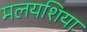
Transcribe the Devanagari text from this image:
मलयशिया